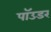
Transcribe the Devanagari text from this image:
पॉउडर